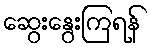
ဆွေးနွေးကြရန်